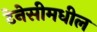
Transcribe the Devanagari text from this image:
टेनेसीमधील